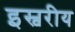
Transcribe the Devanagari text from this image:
इस्वरीय